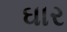
ઘાર